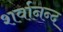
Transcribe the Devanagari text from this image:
शर्वानन्द